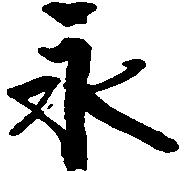
永